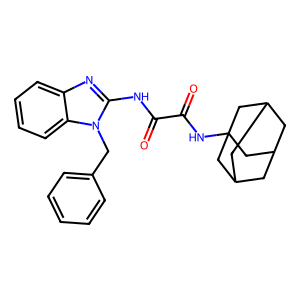
SMILES: O=C(Nc1nc2ccccc2n1Cc1ccccc1)C(=O)NC12CC3CC(CC(C3)C1)C2
Inhibits HIV replication: No